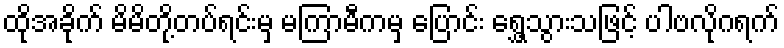
ထိုအခိုက် မိမိတို့တပ်ရင်းမှ မကြာမီကမှ ပြောင်း ရွှေ့သွားသဖြင့် ပါဗလိုဂရက်